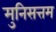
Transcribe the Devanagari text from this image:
मुनिसत्तम